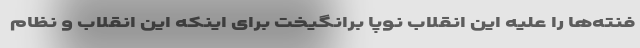
فنته‌ها را علیه این انقلاب نوپا برانگیخت برای اینکه این انقلاب و نظام